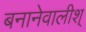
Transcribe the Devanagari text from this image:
बनानेवालीश्